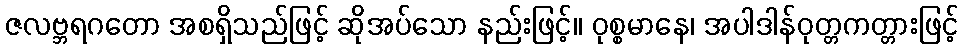
ဇလဗ္ဘရဂတော အစရှိသည်ဖြင့် ဆိုအပ်သော နည်းဖြင့်။ ဝုစ္စမာနေ၊ အပါဒါန်ဝုတ္တကတ္တားဖြင့်